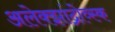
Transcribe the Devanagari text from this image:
अलेक्झांद्रोव्स्क